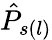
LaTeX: \hat{P}_{s(l)}